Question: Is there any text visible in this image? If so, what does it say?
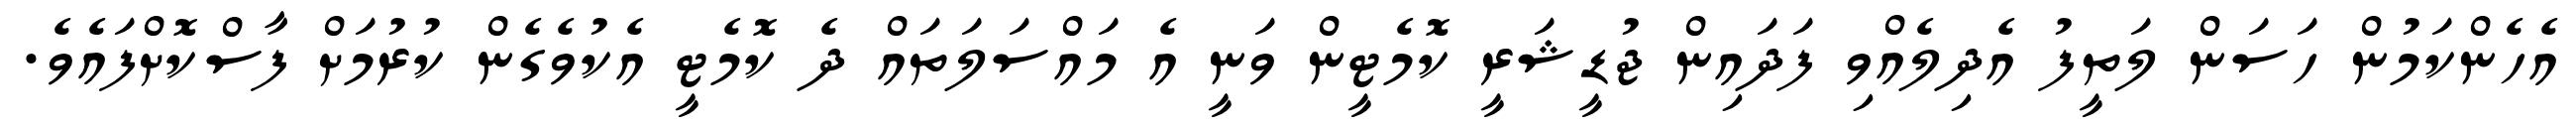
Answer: އެހެންކަމުން ހަސަން ލަތީފު އެދިލެއްވި ފަދައިން ޖުޑީޝަރީ ކޮމެޓީން ވަނީ އެ މައްސަލަތައް ދެ ކޮމެޓީ އެކުވެގެން ކުރުމަށް ފާސްކޮށްފައެވެ.